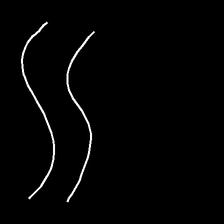
Glyph: float